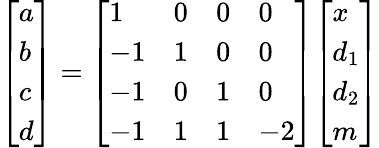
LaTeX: {\left[\begin{array}{l}{a}\\ {b}\\ {c}\\ {d}\end{array}\right]}={\left[\begin{array}{llll}{1}&{0}&{0}&{0}\\ {-1}&{1}&{0}&{0}\\ {-1}&{0}&{1}&{0}\\ {-1}&{1}&{1}&{-2}\end{array}\right]}{\left[\begin{array}{l}{x}\\ {d_{1}}\\ {d_{2}}\\ {m}\end{array}\right]}